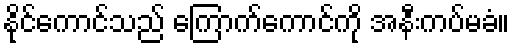
နိုင်ကောင်သည် ကြောက်ကောင်ကို အနီးကပ်မခံ။